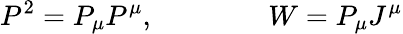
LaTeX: P^{2}=P_{\mu}P^{\mu},\qquad\qquad W=P_{\mu}J^{\mu}